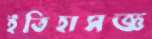
ইতিহাসজ্ঞ